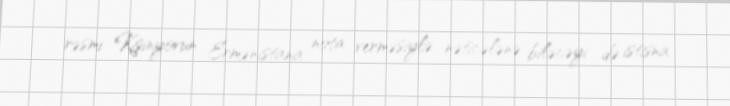
rəsmi Kişinyovun Ermənistana nota verməsiylə nəticələnə biləcəyi də istisna